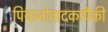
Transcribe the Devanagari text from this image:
पियानोवादकांपैकी